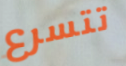
تتسرع